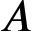
A